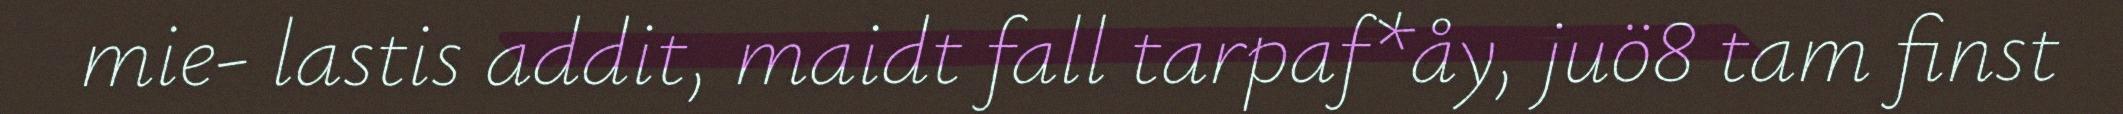
mie- lastis addit, maidt fall tarpaf*åy, juö8 tam finst